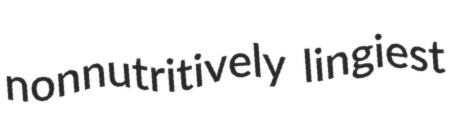
nonnutritively lingiest